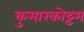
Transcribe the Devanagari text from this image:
कुमारकोट्टम